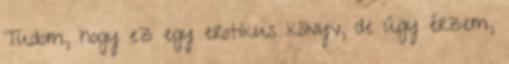
Tudom, hogy ez egy erotikus könyv, de úgy érzem,